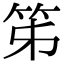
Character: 笫